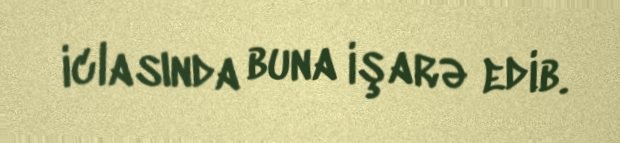
iclasında buna işarə edib.